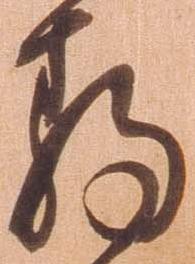
静